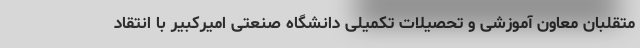
متقلبان معاون آموزشی و تحصیلات تکمیلی دانشگاه صنعتی امیرکبیر با انتقاد